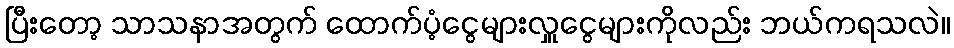
ပြီးတော့ သာသနာအတွက် ထောက်ပံ့ငွေများလှူငွေများကိုလည်း ဘယ်ကရသလဲ။